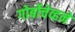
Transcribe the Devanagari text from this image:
गोर्बोचेव्हने